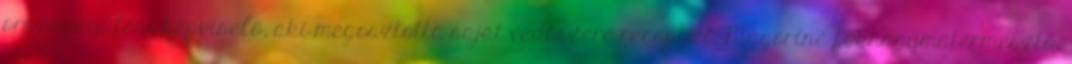
országgyűlési képviselő, aki megosztotta saját védőszere receptjét. Mágoriné fokhagymatermesztő,